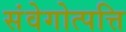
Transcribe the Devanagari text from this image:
संवेगोत्पत्ति